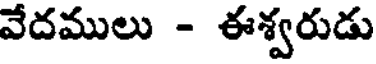
వేదములు - ఈశ్వరుడు